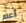
أعلم